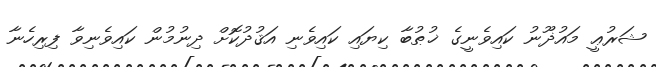
ޝަރުޢީ މައުޛޫނު ކައިވެނީގެ ޚުޠުބާ ކިޔައި ކައިވެނި އަޤުދުކޮށް ދިނުމުން ކައިވެނިވާ ފިރިހެނާ